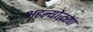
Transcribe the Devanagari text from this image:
अहल्योद्धरण